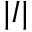
| I |